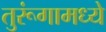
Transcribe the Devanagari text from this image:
तुरूंगामध्ये